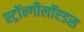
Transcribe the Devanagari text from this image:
स्ट्रॉन्गीलॉएडस